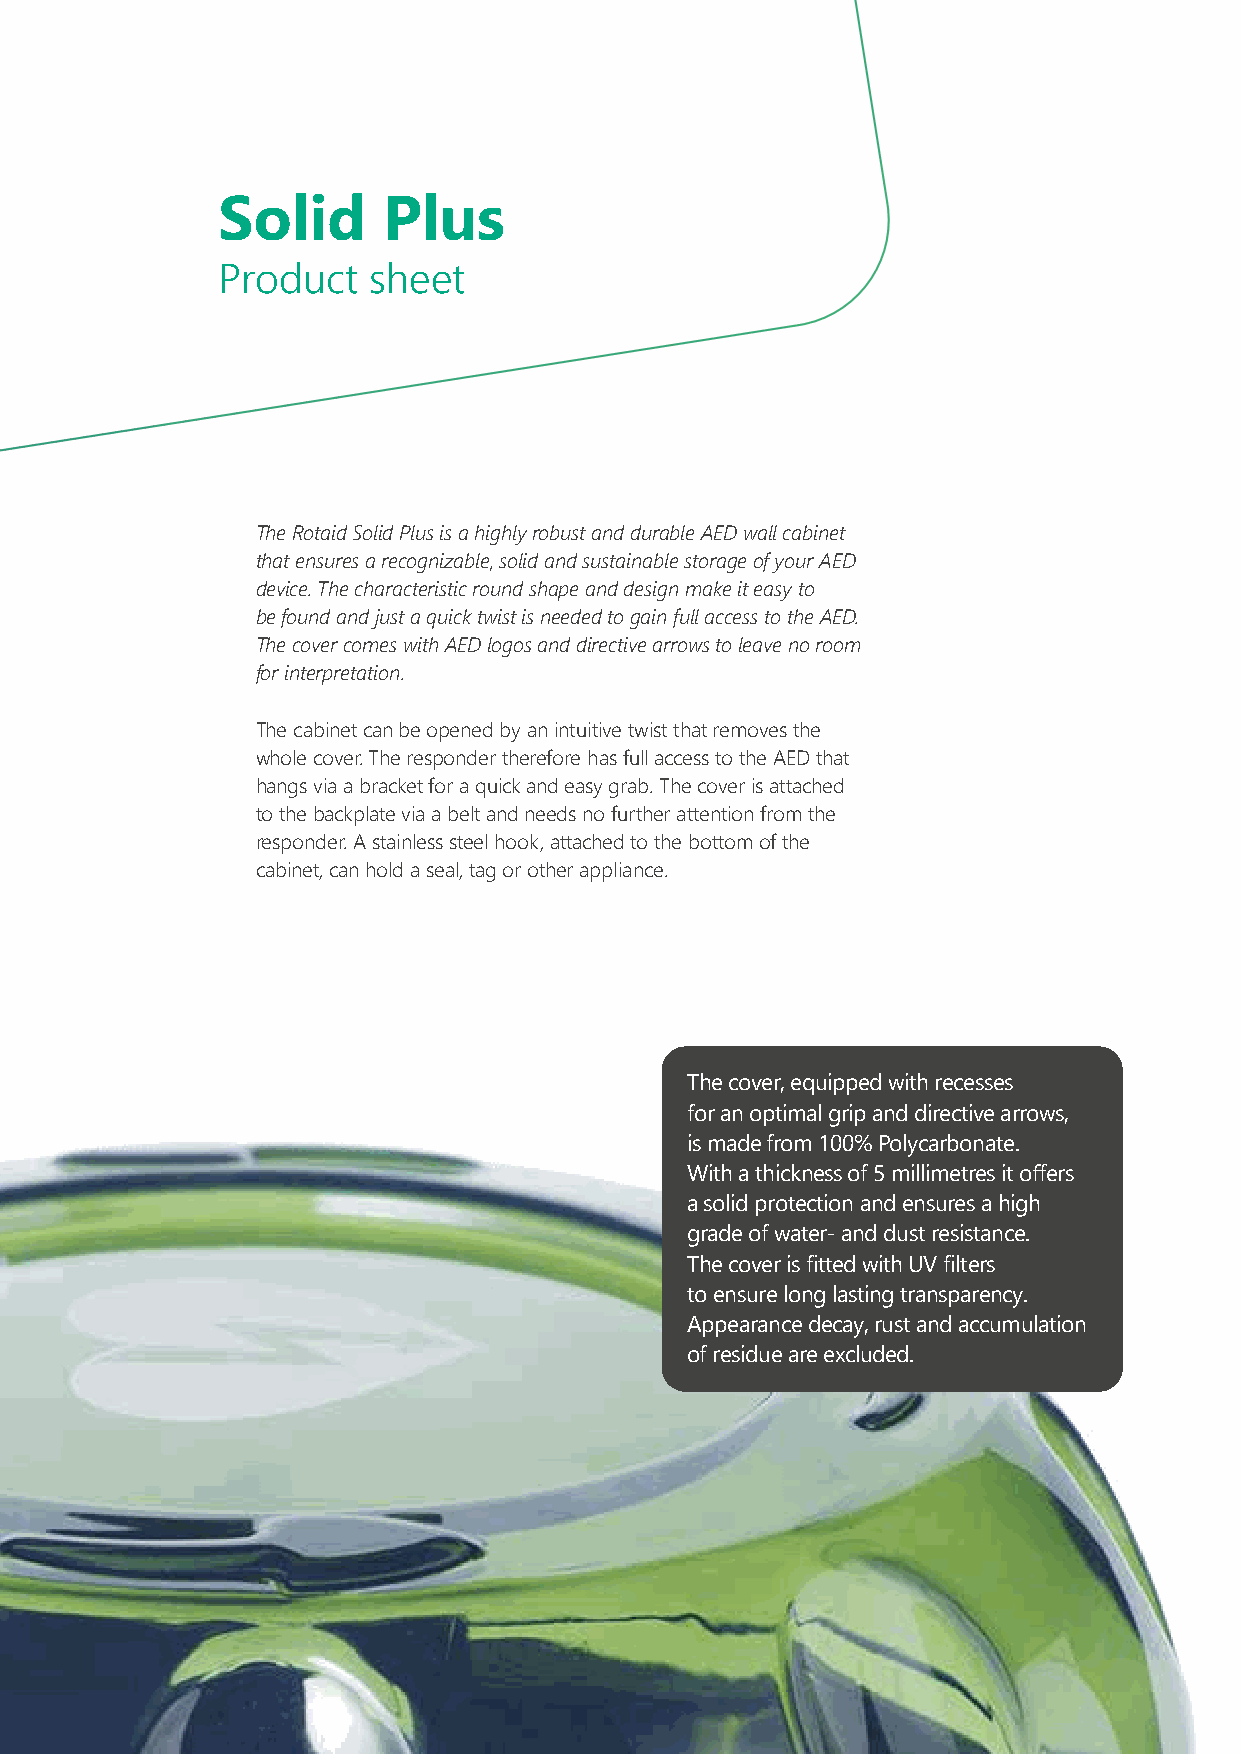
Solid      Plus
 Product   sheet
 The Rotaid Solid Plus is a highly robust and durable AED wall cabinet
 that ensures a recognizable, solid and sustainable storage of your AED
 device. The characteristic round shape and design make it easy to
 be found and just a quick twist is needed to gain full access to the AED.
 The cover comes with AED logos and directive arrows to leave no room
 for interpretation.
 The cabinet can be opened by an intuitive twist that removes the
 whole cover. The responder therefore has full access to the AED that
 hangs via a bracket for a quick and easy grab. The cover is attached
 to the backplate via a belt and needs no further attention from the
 responder. A stainless steel hook, attached to the bottom of the
 cabinet, can hold a seal, tag or other appliance.
 The cover, equipped with recesses
 for an optimal grip and directive arrows,
 is made from 100% Polycarbonate.
 With a thickness of 5 millimetres it offers
 a solid protection and ensures a high
 grade of water- and dust resistance.
 The cover is fitted with UV filters
 to ensure long lasting transparency.
 Appearance decay, rust and accumulation
 of residue are excluded.